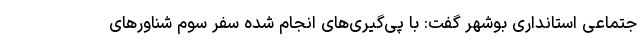
جتماعی استانداری بوشهر گفت: با پی‌گیری‌های انجام شده سفر سوم شناورهای